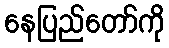
နေပြည်တော်ကို